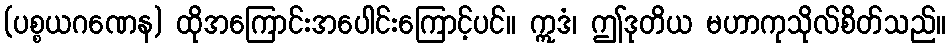
(ပစ္စယဂဏေန) ထိုအကြောင်းအပေါင်းကြောင့်ပင်။ ဣဒံ၊ ဤဒုတိယ မဟာကုသိုလ်စိတ်သည်။